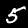
Label: 5